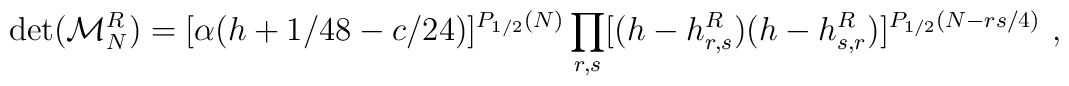
\det({\cal M}^R_N)= [\alpha(h+1/48-c/24)]^{P_{1/2} (N)}\prod_{r,s} [(h-h^{R}_{r,s})(h-h^{R}_{s,r})]^{P_{1/2} (N-{rs/4})}{}~,